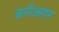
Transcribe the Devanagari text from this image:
बनीआदम